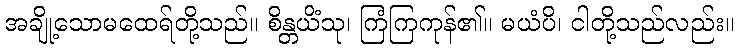
အချို့သောမထေရ်တို့သည်။ စိန္တယိံသု၊ ကြံကြကုန်၏။ မယံပိ၊ ငါတို့သည်လည်း။